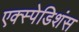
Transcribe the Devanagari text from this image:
एक्स्पेडिशंस